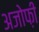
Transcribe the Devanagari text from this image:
अजोफ़ी